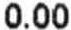
0.00